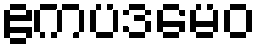
ဧကပဒမေဝ